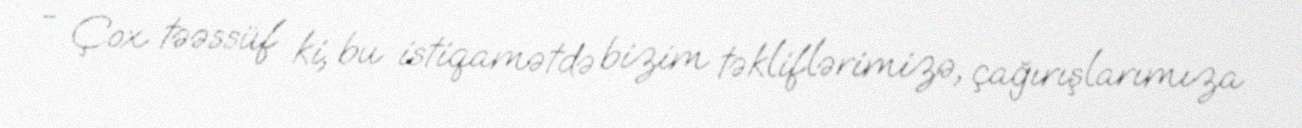
- Çox təəssüf ki, bu istiqamətdə bizim təkliflərimizə, çağırışlarımıza